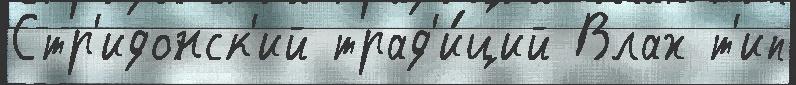
Стр'идонск'ий трад'и́ций Влах т'ип